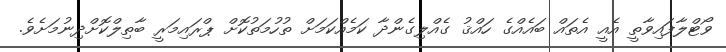
ވޯޓްލާފައިވާތީ އެއީ އެތައް ބައެއްގެ ހައްޤު ގެއްލިގެންދާ ކަމެއްކަމަށް ތުހުމަތުކޮށް ޕްރައިމަރީ ބާތިލްކޮށްދިނުމަށެވެ.